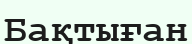
Бақтыған